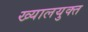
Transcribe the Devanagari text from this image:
ख्यालयुक्त